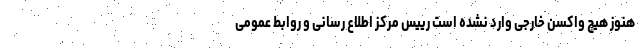
هنوز هیچ واکسن خارجی وارد نشده است رییس مرکز اطلاع رسانی و روابط عمومی